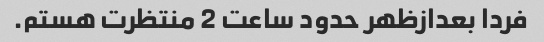
فردا بعدازظهر حدود ساعت 2 منتظرت هستم.